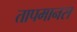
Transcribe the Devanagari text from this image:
तापमानस